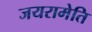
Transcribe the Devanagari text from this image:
जयरामेति